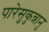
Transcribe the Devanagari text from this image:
पारेसुकुन्नानु